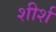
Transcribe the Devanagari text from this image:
शीर्श